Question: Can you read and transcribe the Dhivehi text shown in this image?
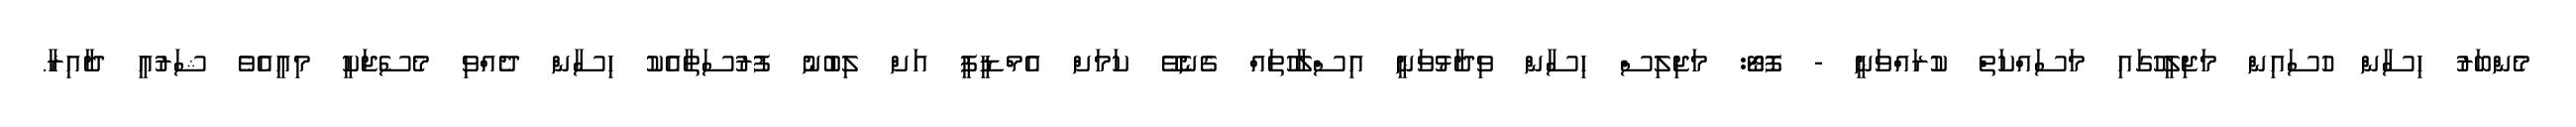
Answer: މެންބަރު ހިސާން ހުސައިން މަޖިލީހުގައި މަސައްކަތް ކުރައްވަނީ - ފޮޓޯ: މަޖިލިސް ހިސާން ވިދާޅުވަނީ އިސްލާހުތައް ގެނެވޭ ކަމަށް އެމްޑީޕީ އަށް ލިބުނު ފުރުސަތާއެކު ހިސާން ދެއްވި މެސެޖަކީ މިއީއެވެ ޝަރުއީ ދާއިރާ.